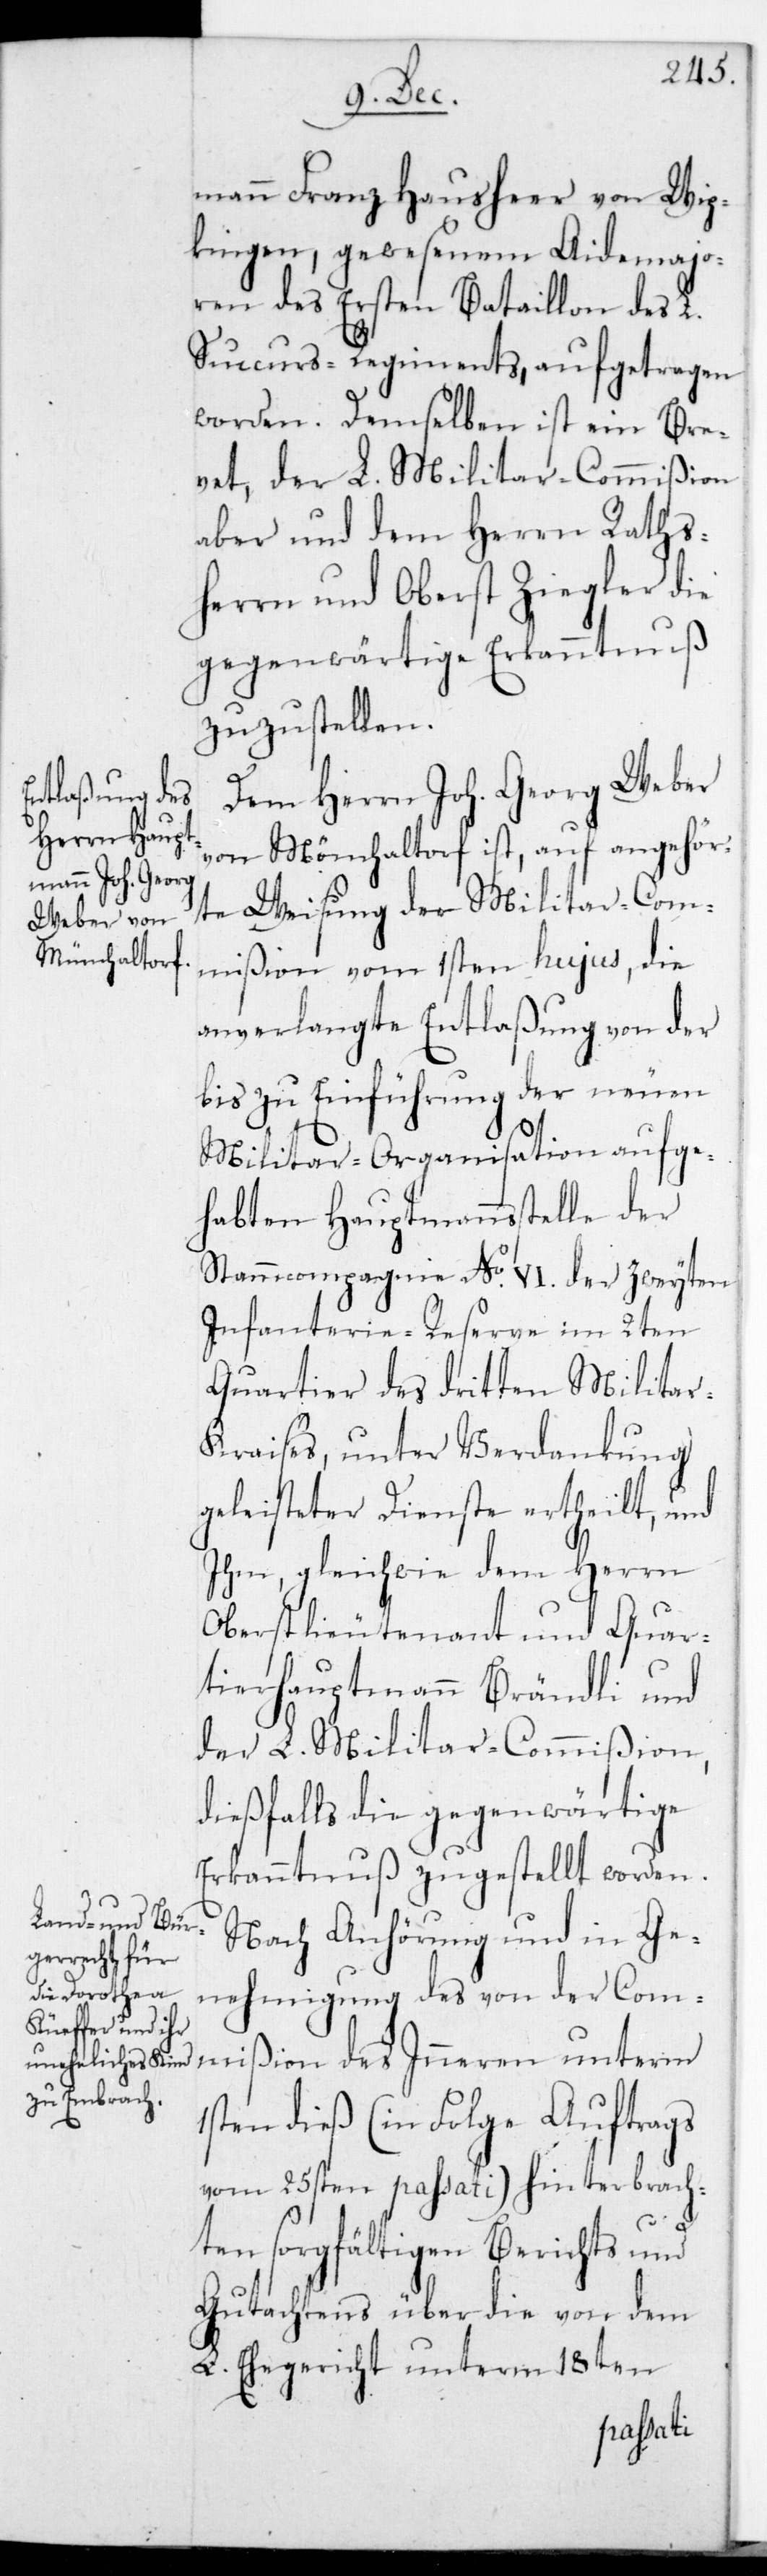
mann Franz Hausheer von Wip¬
kingen, gewesenem Aide-Majo¬
ren des ersten Bataillon des L.
Succurs-Regiments, aufgetragen
worden. Demselben ist ein Bre¬
vet, der L. Militar-Commißion
aber und dem Herrn Raths¬
herrn und Oberst Ziegler die
gegenwärtige Erkanntnuß
zuzustellen.
Dem Herrn Joh. Georg Weber
von Mönchaltorf ist, auf angehör¬
te Weisung der Militar-Com¬
mißion vom 1sten hujus, die
anverlangte Entlaßung von der
bis zu Einführung der neuen
Militarorganisation aufge¬
habten Hauptmannsstelle der
Stammcompagnie No VI. der zweyten
Infanterie-Reserve im zweyten
Quartier des dritten Militar¬
kreises, unter Verdankung
geleisteter Dienste ertheilt, und
ihm, gleichwie dem Herrn
Oberstlieutenant und Quar¬
tierhauptmann Brändli und
der L. Militar-Commißion,
dießfalls die gegenwärtige
Erkanntnuß zugestellt worden.
Nach Anhörung und in Ge¬
nehmigung des von der Com¬
mißion des Inneren unterm
1sten dieß (in Folge Auftrags
vom 25sten passati) hinterbrach¬
ten sorgfältigen Berichts und
Gutachtens über die von dem
L. Ehegericht unterm 18ten